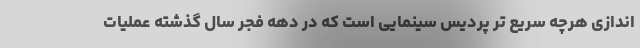
اندازی هرچه سریع تر پردیس سینمایی است که در دهه فجر سال گذشته عملیات